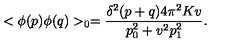
< \phi ( p ) \phi ( q ) > _ { 0 } = \frac { \delta ^ { 2 } ( p + q ) 4 \pi ^ { 2 } K v } { p _ { 0 } ^ { 2 } + v ^ { 2 } p _ { 1 } ^ { 2 } } .